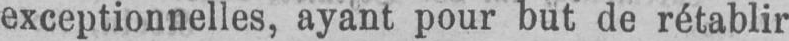
exceptionnelles, ayant pour but de rétablir